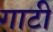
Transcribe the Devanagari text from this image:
गाटी